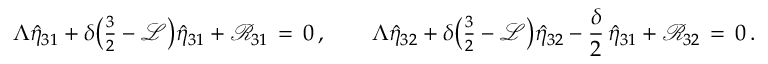
\Lambda \hat { \eta } _ { 3 1 } + \delta \bigl ( { \textstyle \frac { 3 } { 2 } } - \mathcal { L } \bigr ) \hat { \eta } _ { 3 1 } + \mathcal { R } _ { 3 1 } \, = \, 0 \, , \qquad \Lambda \hat { \eta } _ { 3 2 } + \delta \bigl ( { \textstyle \frac { 3 } { 2 } } - \mathcal { L } \bigr ) \hat { \eta } _ { 3 2 } - \frac { \delta } { 2 } \, \hat { \eta } _ { 3 1 } + \mathcal { R } _ { 3 2 } \, = \, 0 \, .